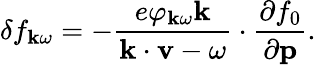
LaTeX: \delta f_{{\mathbf k}\omega}=-\frac{e\varphi_{{\mathbf k}\omega}{\mathbf k}}{{\mathbf k}\cdot{\mathbf v}-\omega}\cdot\frac{\partial f_{0}}{\partial\mathbf p}.